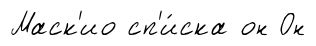
Маск'ио сп'и́ска он Он